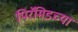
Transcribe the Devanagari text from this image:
पिरॅमिडच्या